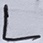
Text: L